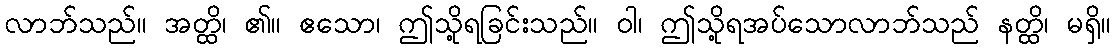
လာဘ်သည်။ အတ္ထိ၊ ၏။ ဧသော၊ ဤသို့ရခြင်းသည်။ ဝါ၊ ဤသို့ရအပ်သောလာဘ်သည် နတ္ထိ၊ မရှိ။